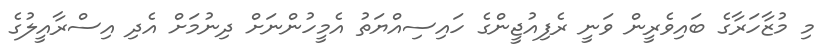
މި މުޒާހަރާގެ ބައިވެރީން ވަނީ ރެފިއުޖީންގެ ހައިސިއްޔަތު އެމީހުންނަށް ދިނުމަށް އެދި އިސްރާއީލުގެ